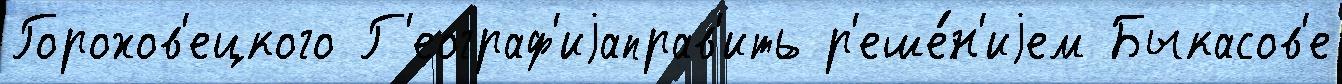
Горохов'ецкого Г'еограф'иjаправ'ить р'еше́н'иjем Быкасов'е